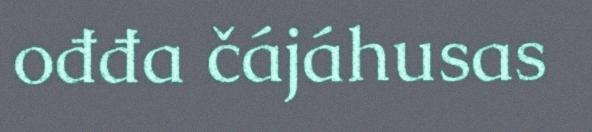
ođđa čájáhusas